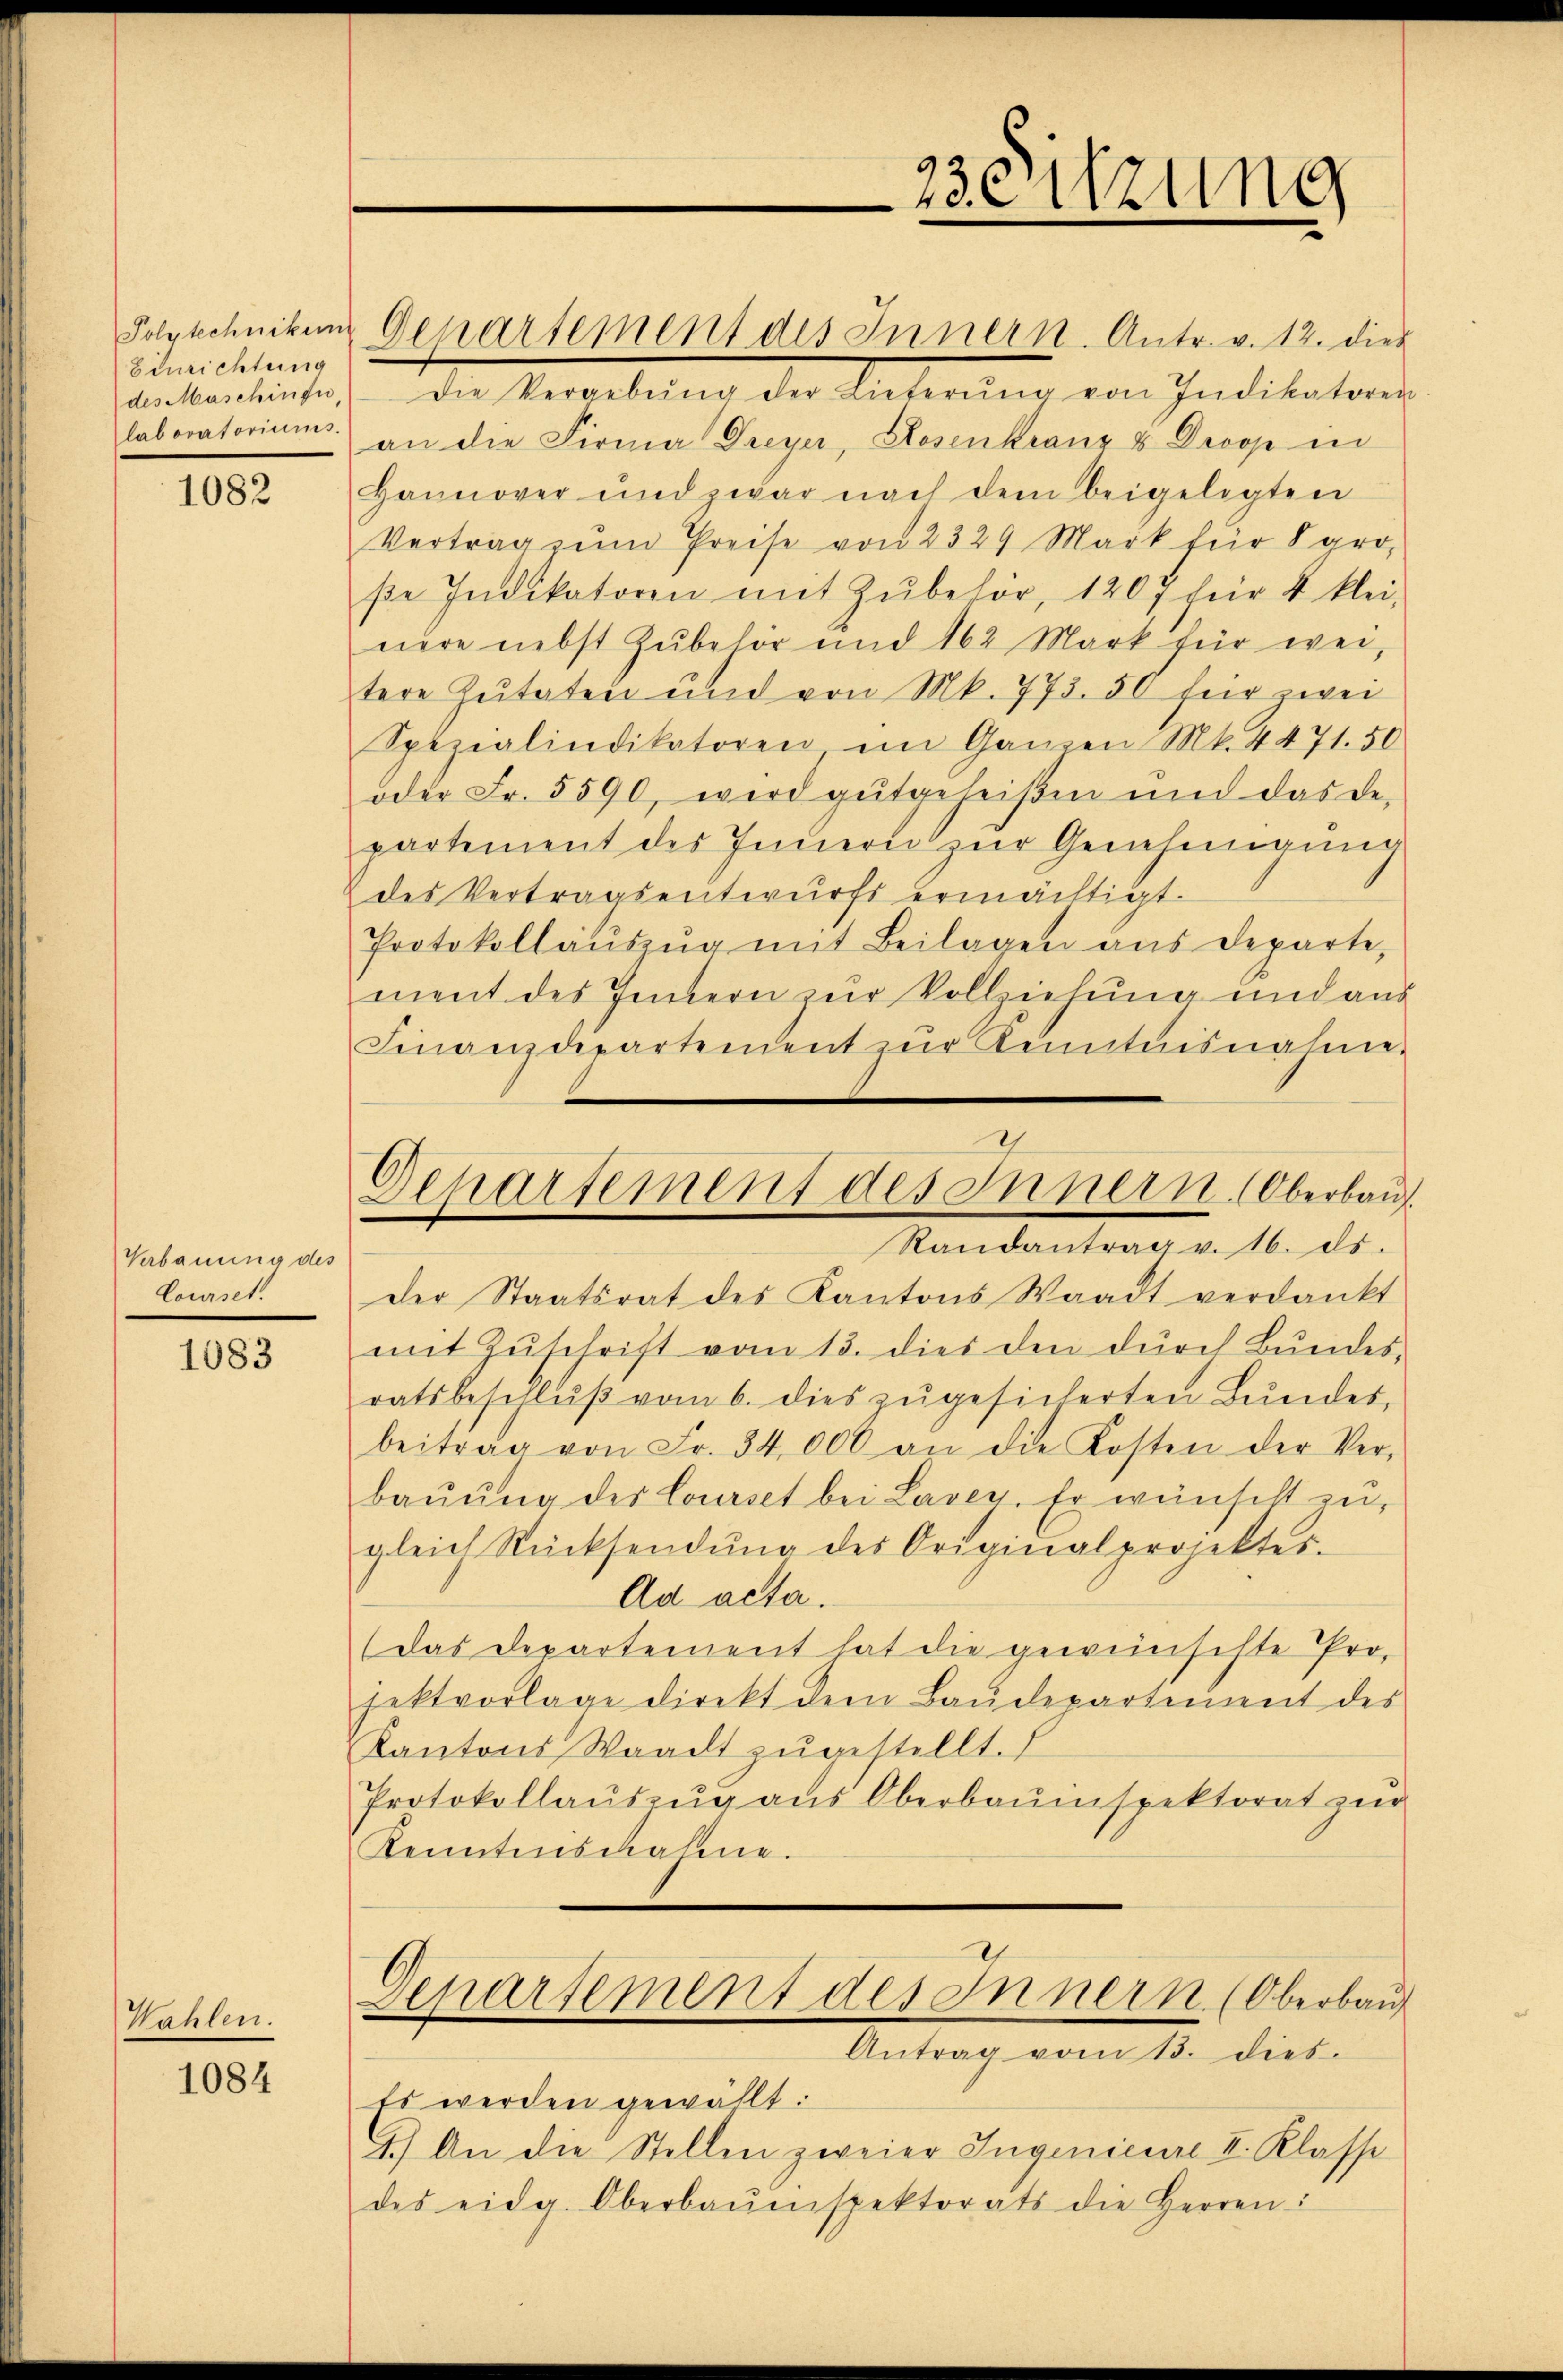
Polytechniken
Einrichtung
des Maschinsi,
laboratoriums.

1082

Verbauung des
Courset

1083

Wahlen.

1084

Von Meilen der Untern von Indikators
an die Firma Dreyer, Rosenkranz & Dropp in
Hannover und zwar nach dem beigelegten
Vertrag zŭm Preise von 2329 Mark für gro
βe Indikatoren mit Zubehör, 1207 für 4 klei-
nere nebst Zubehör und 162 Mark für wei
tere Zutaten und von Mk. 773. 50 für zwei
Spezialindikatoren im Ganzen Mk. 4471. 50
oder Fr. 5590, wird gutgeheißen und das de-
partement des Innern zur Genehmigung
des Vertragsentwurfs ermächtigt.
Protokollaŭszŭg mit Beilagen aus departe,
ment des Innern zur Vollziehung und aus
Finanzdepartement zur Kenntnisnahme
Randantrag v. 16. ds.
der Staatsrat des Kantons Waadt verdankt
mit Zŭschrift vom 13. dies den dŭrch Bŭndes-
ratsbeschlŭβ vom 6. dies zŭgesicherten Bundes-
beitrag von Fr. 34,000 an die Kosten der Ver-
Baŭŭng der Courses bei Lavey. Er wünscht zu,
gleich Rücksendŭng des Originalprojektes.
Ad acta.
Das Departement hat die gewünschte Projektvorlage direkt dem Baŭdepartement des
Kantons Waadt zugestellt.
Protokollauszug aus Oberbauinspektorat zur
Kenntenschahme.
Deparsement des Innern (Oberbau
Antrag vom 13. dies.
Es werden gewählt.
4.) An die Stellen zweier Ingenieure II. Klasse
des eidg. Oberbaŭenspektorats die Herren:

Gepartement des Innern. Antr. v. 12. dies

23eitzung

.
Departement des Innern. Oberbau